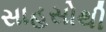
સાહસોથી